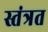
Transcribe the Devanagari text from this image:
स्तंत्रत